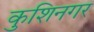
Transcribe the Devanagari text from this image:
कुशिनगर